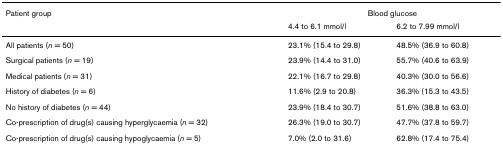
<table><thead><tr><td><b>Patient group</b></td><td colspan="2"><b>Blood glucose</b></td></tr><tr><td></td><td><b>4.4 to 6.1 mmol/l</b></td><td><b>6.2 to 7.99 mmol/l</b></td></tr></thead><tbody><tr><td>All patients (<i>n </i>= 50)</td><td>23.1% (15.4 to 29.8)</td><td>48.5% (36.9 to 60.8)</td></tr><tr><td>Surgical patients (<i>n </i>= 19)</td><td>23.9% (14.4 to 31.0)</td><td>55.7% (40.6 to 63.9)</td></tr><tr><td>Medical patients (<i>n </i>= 31)</td><td>22.1% (16.7 to 29.8)</td><td>40.3% (30.0 to 56.6)</td></tr><tr><td>History of diabetes (<i>n </i>= 6)</td><td>11.6% (2.9 to 20.8)</td><td>36.3% (15.3 to 43.5)</td></tr><tr><td>No history of diabetes (<i>n </i>= 44)</td><td>23.9% (18.4 to 30.7)</td><td>51.6% (38.8 to 63.0)</td></tr><tr><td>Co-prescription of drug(s) causing hyperglycaemia (<i>n </i>= 32)</td><td>26.3% (19.0 to 30.7)</td><td>47.7% (37.8 to 59.7)</td></tr><tr><td>Co-prescription of drug(s) causing hypoglycaemia (<i>n </i>= 5)</td><td>7.0% (2.0 to 31.6)</td><td>62.8% (17.4 to 75.4)</td></tr></tbody></table>